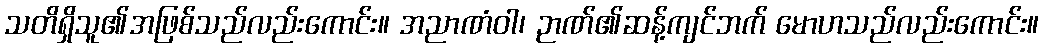
သတိရှိသူ၏အဖြစ်သည်လည်းကောင်း။ အညာဏံဝါ၊ ဉာဏ်၏ဆန့်ကျင်ဘက် မောဟသည်လည်းကောင်း။